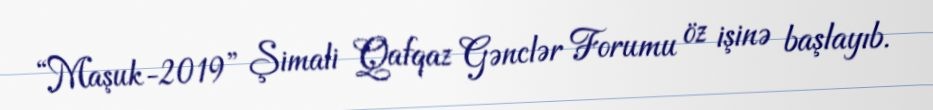
“Maşuk-2019” Şimali Qafqaz Gənclər Forumu öz işinə başlayıb.